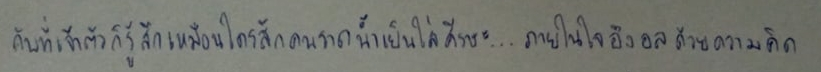
กับที่เจ้าตัวก็รู้สึกเหมือนใครสักคนราดน้ำเย็นใส่ศีรษะ...ภายในใจอึงอลด้วยความคิด